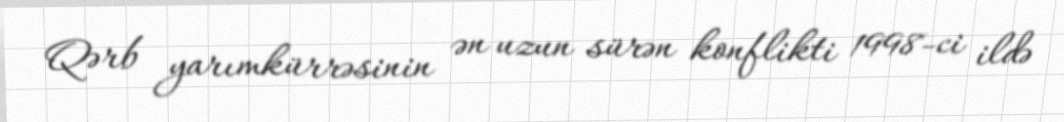
Qərb yarımkürrəsinin ən uzun sürən konflikti 1998-ci ildə